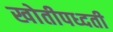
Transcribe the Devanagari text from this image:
खोतीपध्दती